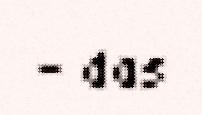
– das